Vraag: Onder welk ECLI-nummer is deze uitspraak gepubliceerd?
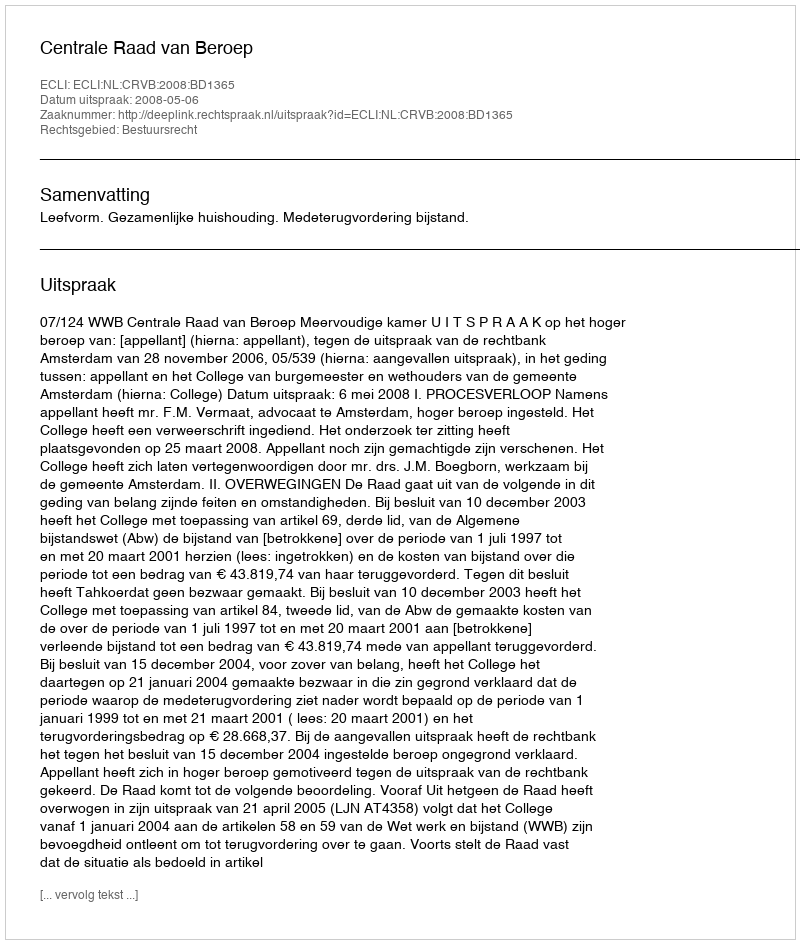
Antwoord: ECLI:NL:CRVB:2008:BD1365